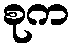
စုက